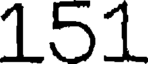
151